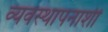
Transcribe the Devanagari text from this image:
व्यवस्थापनाशी